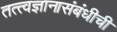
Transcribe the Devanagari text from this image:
तत्त्वज्ञानासंबंधीची